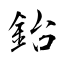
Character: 鈶